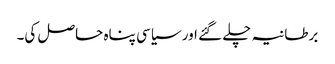
برطانیہ چلے گئے اور سیاسی پناہ حاصل کی۔